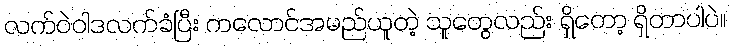
လက်ဝဲဝါဒလက်ခံပြီး ကလောင်အမည်ယူတဲ့ သူတွေလည်း ရှိတော့ ရှိတာပါပဲ။